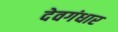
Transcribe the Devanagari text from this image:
देवगंधार